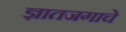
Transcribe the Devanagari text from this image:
ज्ञातजगाचे